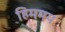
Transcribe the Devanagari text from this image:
हिममय